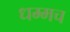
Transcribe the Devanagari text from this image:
धम्मच